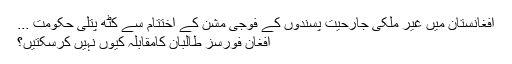
افغانستان میں غیر ملکی جارحیت پسندوں کے فوجی مشن کے اختتام سے کٹھ پتلی حکومت ...
افغان فورسز طالبان کامقابلہ کیوں نہیں کرسکتیں؟